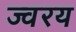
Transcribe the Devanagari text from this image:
ज्वरय